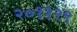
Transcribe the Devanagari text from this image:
२०११२९